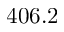
4 0 6 . 2